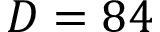
D = 8 4